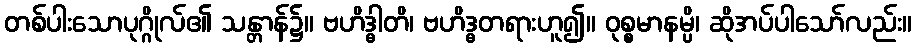
တစ်ပါးသောပုဂ္ဂိုလ်၏ သန္တာန်၌။ ဗဟိဒ္ဓါတိ၊ ဗဟိဒ္ဓတရားဟူ၍။ ဝုစ္စမာနမ္ပိ၊ ဆိုအပ်ပါသော်လည်း။